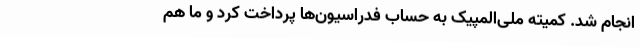
انجام شد. کمیته ملی‌المپیک به حساب فدراسیون‌ها پرداخت کرد و ما هم